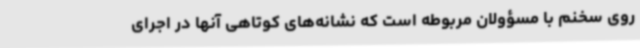
روی سخنم با مسؤولان مربوطه است که نشانه‌های کوتاهی آنها در اجرای